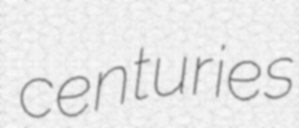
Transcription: centuries